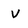
Character: v